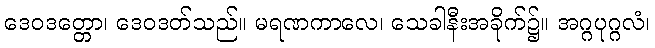
ဒေဝဒတ္တော၊ ဒေဝဒတ်သည်။ မရဏကာလေ၊ သေခါနီးအခိုက်၌။ အဂ္ဂပုဂ္ဂလံ၊